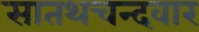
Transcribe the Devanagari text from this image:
सातथचन्दवार